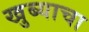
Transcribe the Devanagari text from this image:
खुब्याचा